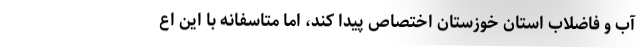
آب و فاضلاب استان خوزستان اختصاص پیدا کند، اما متاسفانه با این اع